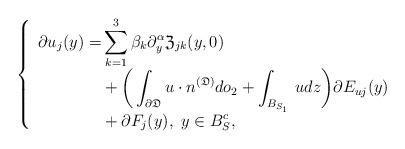
LaTeX: \begin{align*}\left\{\begin{array}{clrl}\aligned\partial u_j (y) =&\sum^3_{k=1} \beta_k \partial^{\alpha}_y \mathfrak Z_{jk} (y,0) \\&+\bigg(\int_{\partial\mathfrak D}u \cdot n^{(\mathfrak D)} do_2+ \int_{B_{S_1}} \, u dz\bigg) \partial E_{uj} (y) \\&+\partial F_j (y), \ y\in B^c_S,\endaligned\end{array} \right.\end{align*}